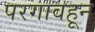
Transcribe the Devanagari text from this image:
परगावहून